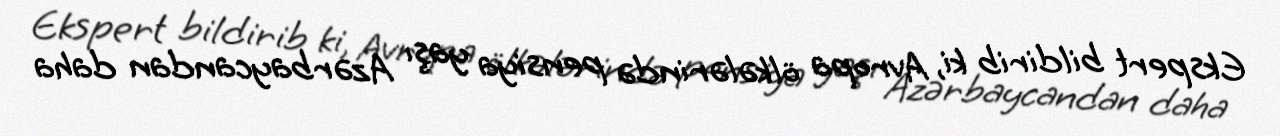
Ekspert bildirib ki, Avropa ölkələrində pensiya yaşı Azərbaycandan daha